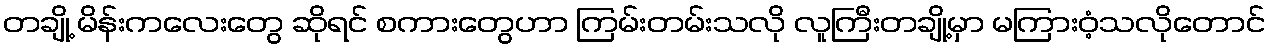
တချို့ မိန်းကလေးတွေ ဆိုရင် စကားတွေဟာ ကြမ်းတမ်းသလို လူကြီးတချို့မှာ မကြားဝံ့သလိုတောင်